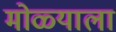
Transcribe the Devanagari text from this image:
मोळ्याला